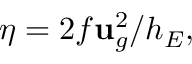
\eta = 2 f \mathbf { u } _ { g } ^ { 2 } / h _ { E } ,